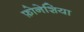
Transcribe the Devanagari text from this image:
फ़ोनेशिया